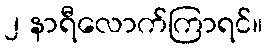
၂ နာရီလောက်ကြာရင်။